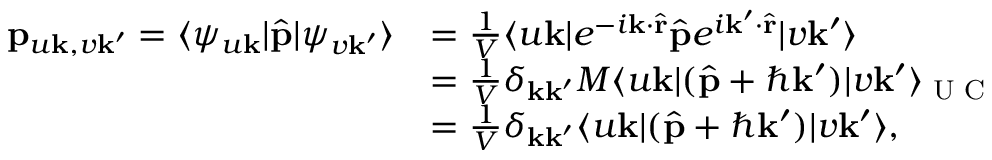
\begin{array} { r l } { \mathbf { p } _ { u \mathbf { k } , v \mathbf { k ^ { \prime } } } = \langle \psi _ { u \mathbf { k } } | \hat { \mathbf { p } } | \psi _ { v \mathbf { k } ^ { \prime } } \rangle } & { = \frac { 1 } { V } \langle u \mathbf { k } | e ^ { - i \mathbf { k } \cdot \hat { \mathbf { r } } } \hat { \mathbf { p } } e ^ { i \mathbf { k } ^ { \prime } \cdot \hat { \mathbf { r } } } | v \mathbf { k } ^ { \prime } \rangle } \\ & { = \frac { 1 } { V } \delta _ { \mathbf { k } \mathbf { k ^ { \prime } } } M \langle u \mathbf { k } | ( \hat { \mathbf { p } } + \hbar \mathbf { k ^ { \prime } } ) | v \mathbf { k ^ { \prime } } \rangle _ { \textrm { U C } } } \\ & { = \frac { 1 } { V } \delta _ { \mathbf { k } \mathbf { k ^ { \prime } } } \langle u \mathbf { k } | ( \hat { \mathbf { p } } + \hbar \mathbf { k ^ { \prime } } ) | v \mathbf { k ^ { \prime } } \rangle , } \end{array}